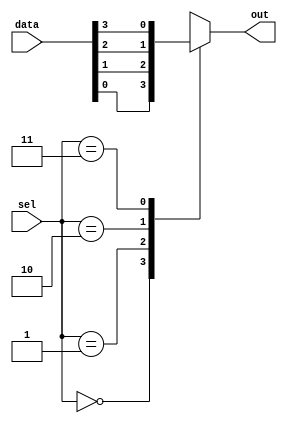
module mux_128x1 (
    input [127:0] data,
    input [6:0] sel,
    output reg out
);

always @(*) begin
    case(sel)
        7'b0000000: out = data[0];
        7'b0000001: out = data[1];
        7'b0000010: out = data[2];
        7'b0000011: out = data[3];
        // Add cases for all 128 input lines
        default: out = 1'bx; // Output undefined value if selection lines do not match any cases
    endcase
end

endmodule